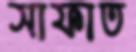
সাফাত